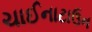
ચાઈનાટાઉન